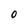
Character: 0